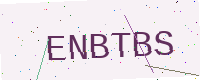
Text: ENBTBS